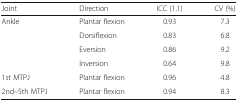
| Joint | Direction | ICC (1.1) | CV (%) |
 | --- | --- | --- | --- |
 | <ROWSPAN=4> Ankle | Plantar flexion | 0.93 | 7.3 |
 | Dorsiflexion | 0.83 | 6.8 |
 | Eversion | 0.86 | 9.2 |
 | Inversion | 0.64 | 9.8 |
 | 1st MTPJ | Plantar flexion | 0.96 | 4.8 |
 | 2nd–5th MTPJ | Plantar flexion | 0.94 | 8.3 |